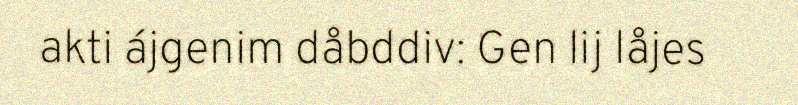
akti ájgenim dåbddiv: Gen lij låjes